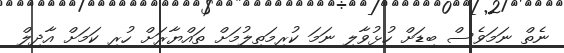
ނެތް ނަމަވެސް ބިޑަށް ހުޅުވާލި ނަމަ ކުރިމަތިލުމަށް ތައްޔާރަށް ހުރި ކަމަށް އާދިލް